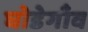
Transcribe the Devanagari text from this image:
घोडेगाँव